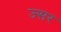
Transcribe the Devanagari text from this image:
ज्सर